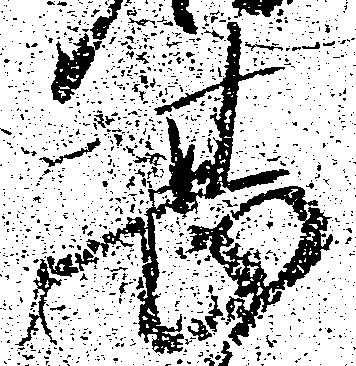
甚